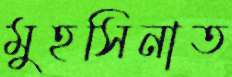
মুহসিনাত